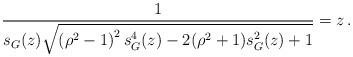
LaTeX: \begin{align*} \frac{1}{s_G(z) \sqrt{\left(\rho^2-1\right)^2 s^4_G(z) -2(\rho^2+1)s^2_G(z)+1}} = z \, . \end{align*}